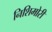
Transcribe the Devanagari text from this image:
निशिमोरी